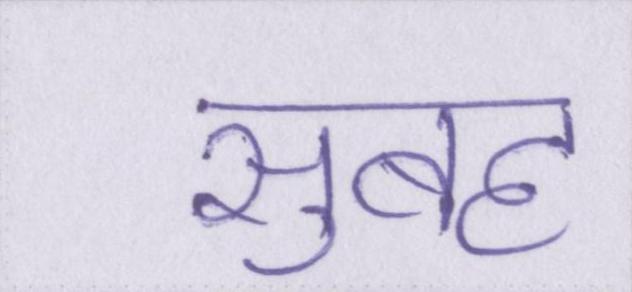
सुबह